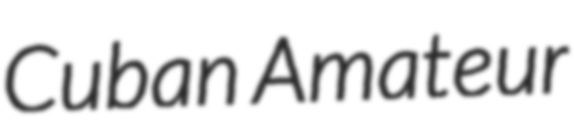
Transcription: Cuban Amateur